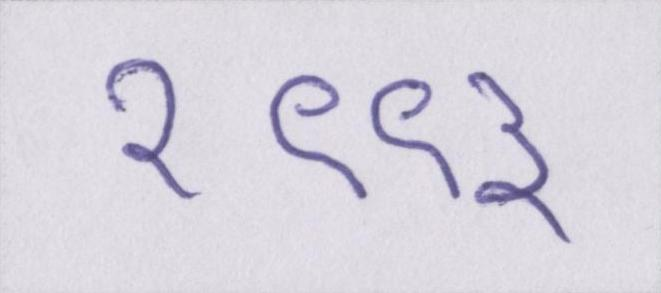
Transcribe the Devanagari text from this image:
१९९३